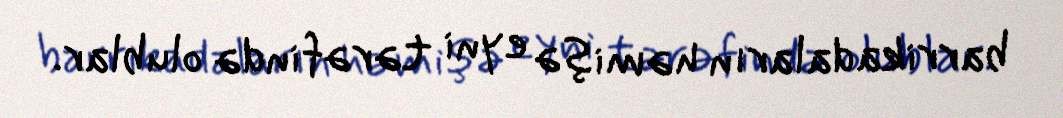
barrikadaların həmişə eyni tərəfində olublar.